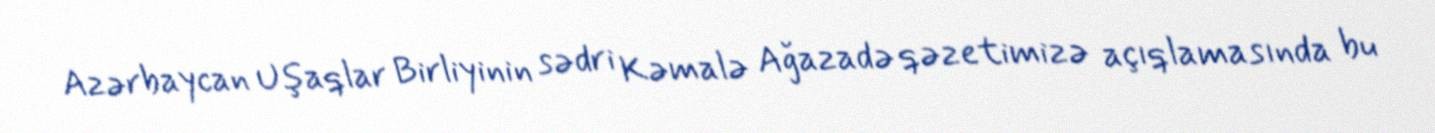
Azərbaycan Uşaqlar Birliyinin sədri Kəmalə Ağazadə qəzetimizə açıqlamasında bu